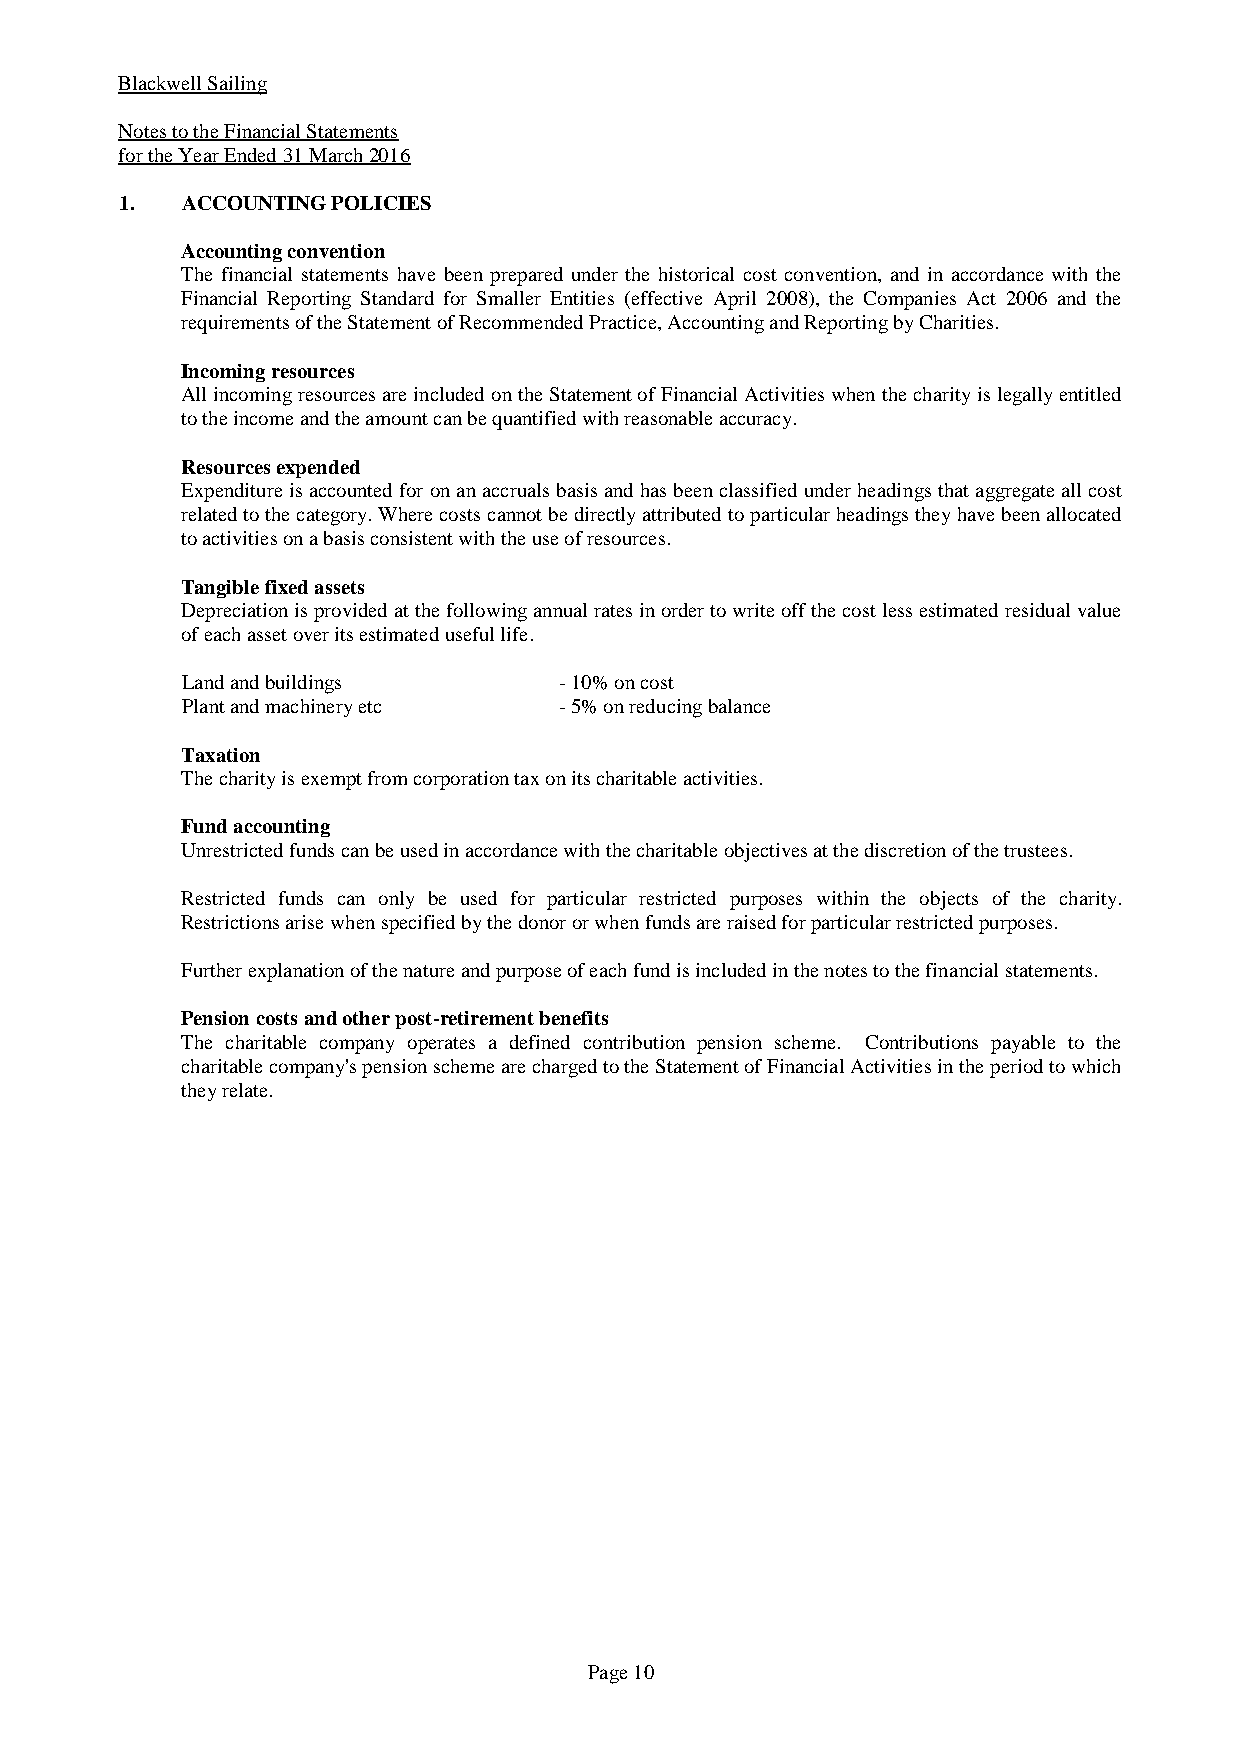
Blackwell Sailing
 Notes to the Financial Statements
 for the Year Ended 31 March 2016
 1.  ACCOUNTING POLICIES
 Accounting convention
 The financial statements have been prepared under the historical cost convention, and in accordance with the
 Financial Reporting Standard for Smaller Entities (effective April 2008), the Companies Act 2006 and the
 requirements of the Statement of Recommended Practice, Accounting and Reporting by Charities.
 Incoming resources
 All incoming resources are included on the Statement of Financial Activities when the charity is legally entitled
 to the income and the amount can be quantified with reasonable accuracy.
 Resources expended
 Expenditure is accounted for on an accruals basis and has been classified under headings that aggregate all cost
 related to the category. Where costs cannot be directly attributed to particular headings they have been allocated
 to activities on a basis consistent with the use of resources.
 Tangible fixed assets
 Depreciation is provided at the following annual rates in order to write off the cost less estimated residual value
 of each asset over its estimated useful life.
 Land and buildings       - 10% on cost
 Plant and machinery etc  - 5% on reducing balance
 Taxation
 The charity is exempt from corporation tax on its charitable activities.
 Fund accounting
 Unrestricted funds can be used in accordance with the charitable objectives at the discretion of the trustees.
 Restricted funds can only be used for particular restricted purposes within the objects of the charity.
 Restrictions arise when specified by the donor or when funds are raised for particular restricted purposes.
 Further explanation of the nature and purpose of each fund is included in the notes to the financial statements.
 Pension costs and other post-retirement benefits
 The charitable company operates a defined contribution pension scheme. Contributions payable to the
 charitable company's pension scheme are charged to the Statement of Financial Activities in the period to which
 they relate.
 Page 10